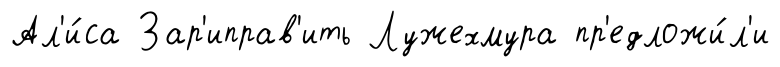
Ал'и́са Зар'иправ'ить Лужехмура пр'едложи́л'и